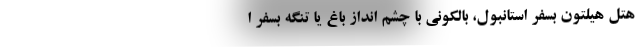
هتل هیلتون بسفر استانبول، بالکونی با چشم انداز باغ یا تنگه بسفر ا